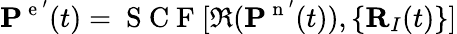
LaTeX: \mathbf{P}^{\mathrm{~e~}^{\prime}}(t)=\mathrm{~S~C~F~}[\Re(\mathbf{P}^{\mathrm{~n~}^{\prime}}(t)),\{ \mathbf{R}_{I}(t)\} ]